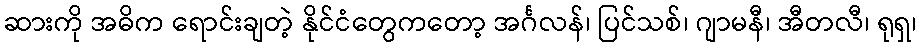
ဆားကို အဓိက ရောင်းချတဲ့ နိုင်ငံတွေကတော့ အင်္ဂလန်၊ ပြင်သစ်၊ ဂျာမနီ၊ အီတလီ၊ ရုရှ၊